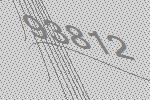
93812